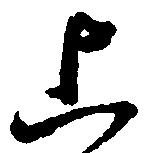
上